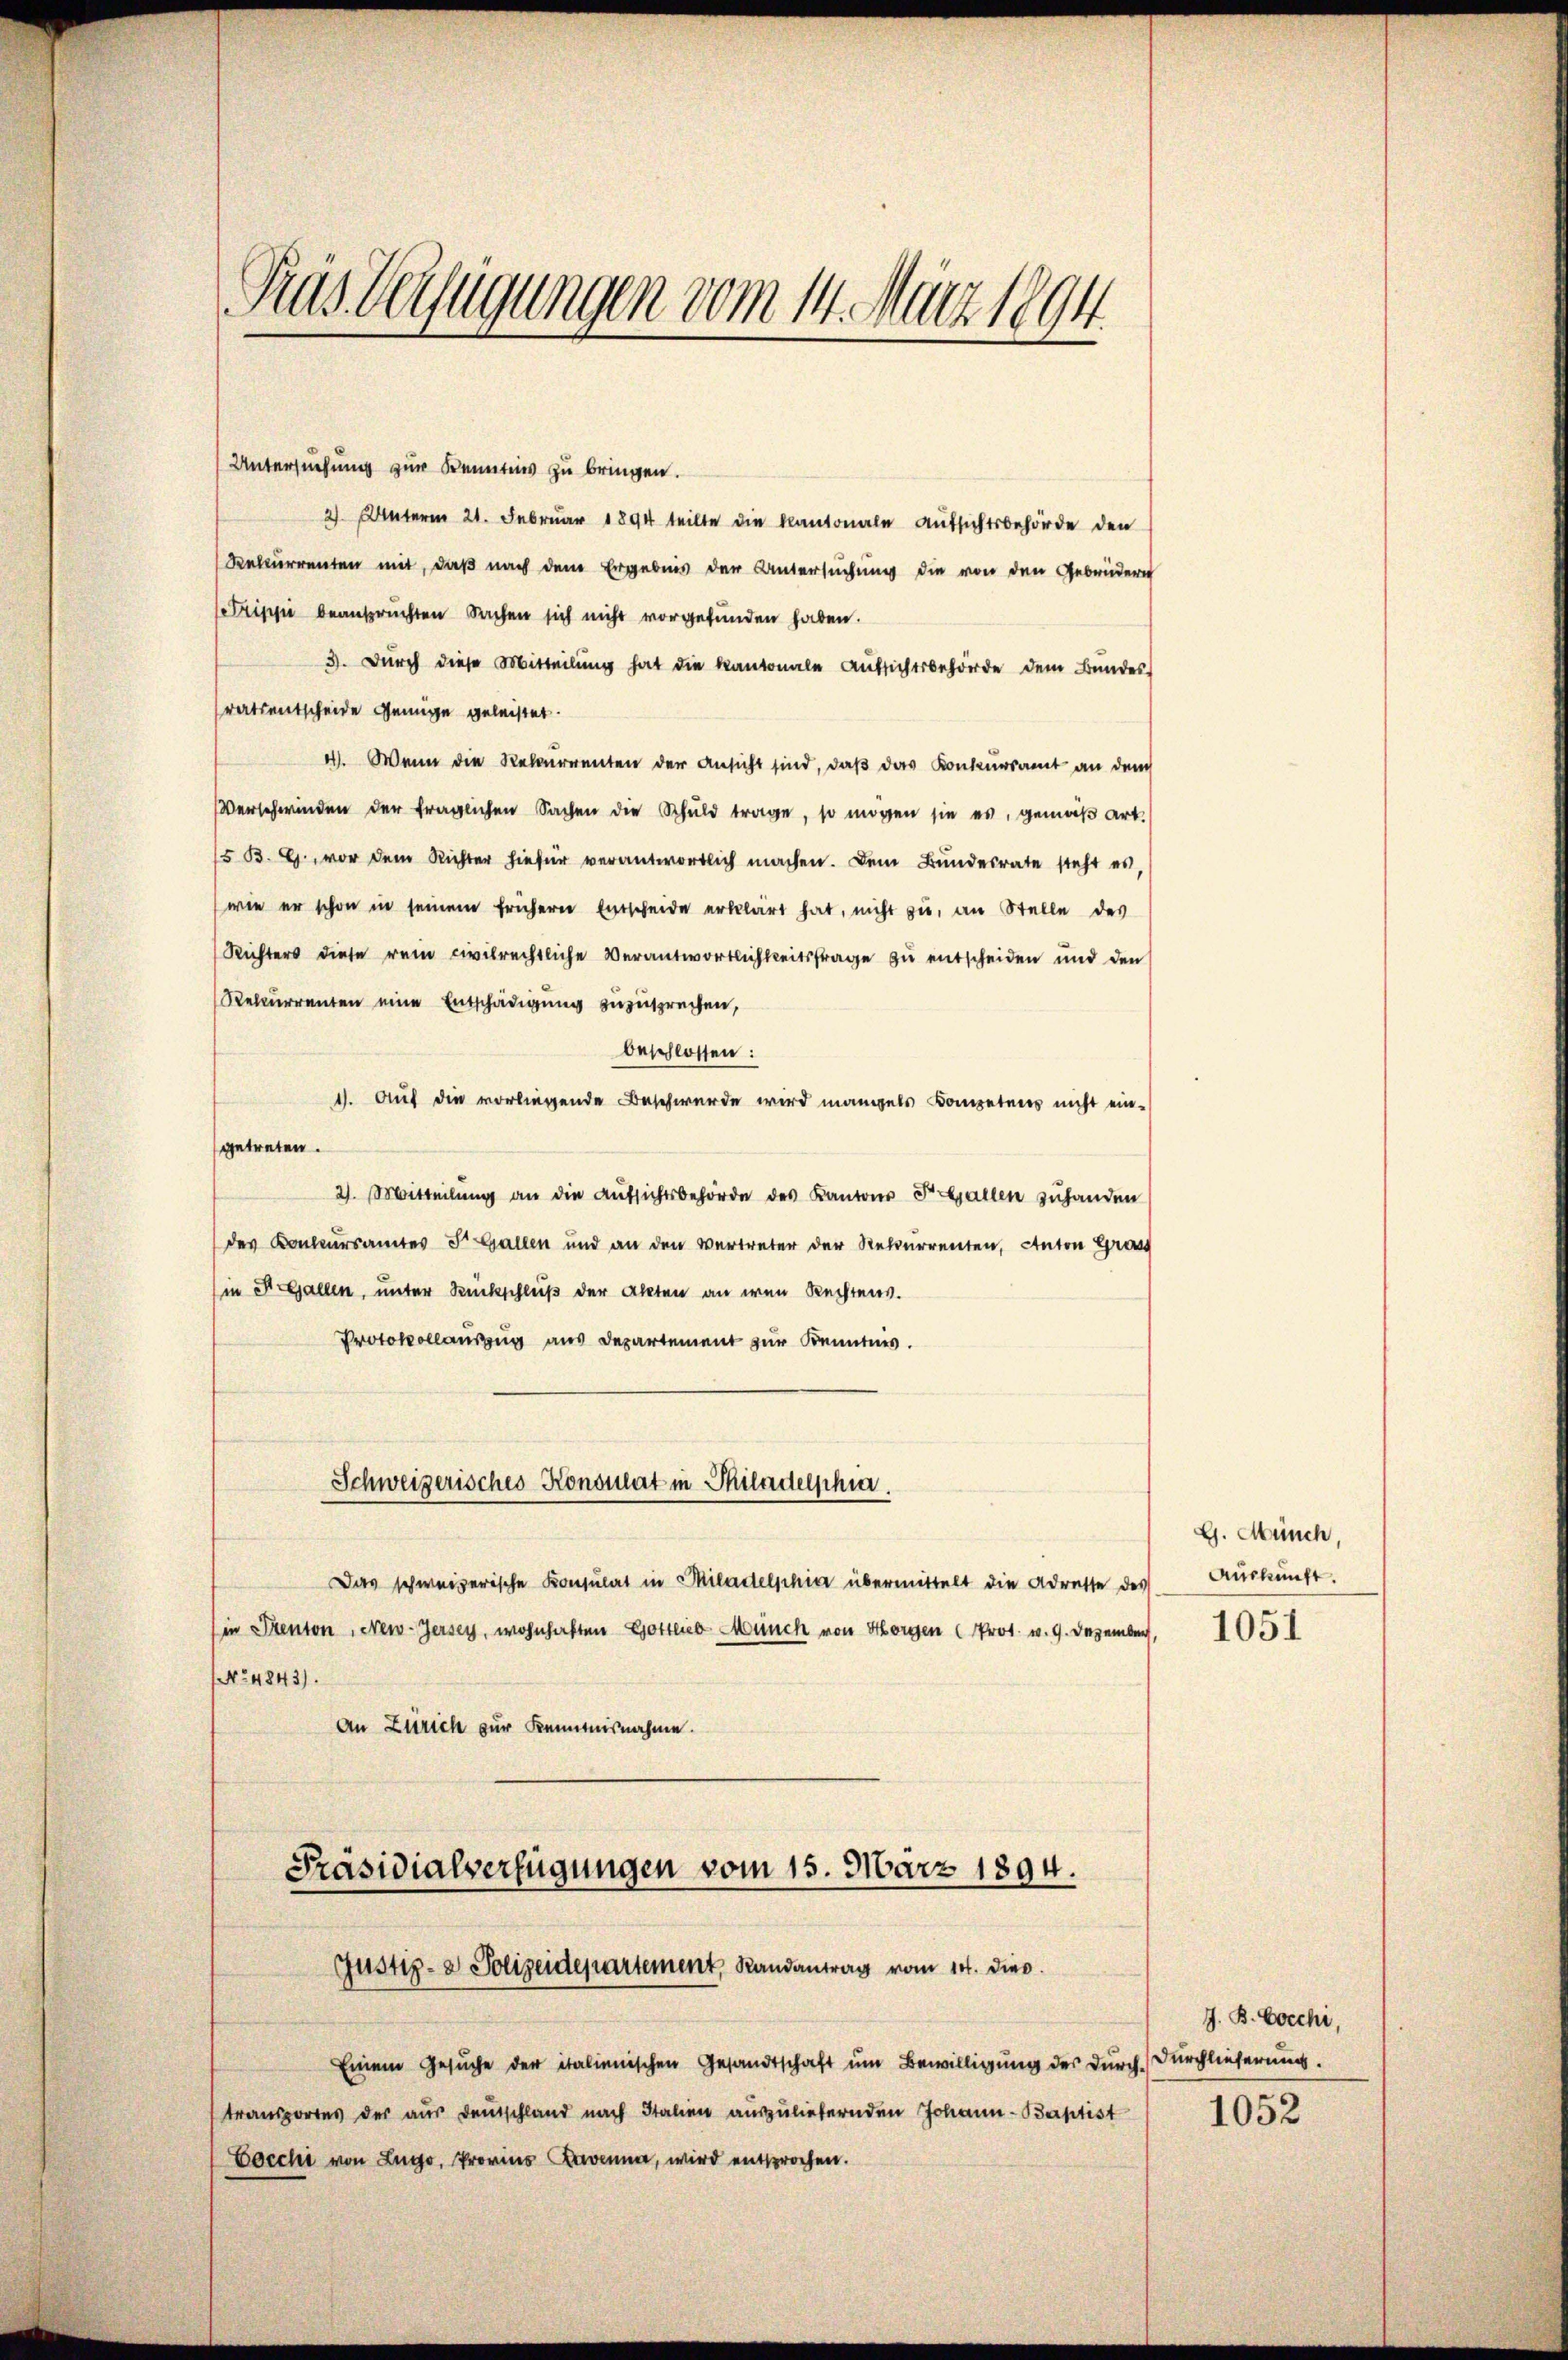
Pras Verfügungen vom 14. März 1894

Untersuchung zur Kenntnis zu bringen.
2) Unterm 21. Februar 1894 teilte die kantonale Aufsichtsbehörde den
Rekurrenten mit, daß nach dem Ergebnis der Untersuchung die von den Gebrüdern
trippe beanspruchten Sachen sich nicht vorgefunden haben.
3. Durch diese Mitteilung hat die Kantonale Aufsichtsbehörde dem Bundes
ratsentscheide Genüge geleistet.
4). Wenn die Rekurrenten der Ansicht sind, daß das Konkursamt an dem
Verschwinden der fraglichen Sachen die Schuld trage, so mögen sie es, gemäß Art.
5 B. G., vor dem Richter hiefür verantwortlich machen. Dem Bŭndesrate steht es,
(wie er schon in seinem frühern Entscheide erklärt hat, nicht zu, an Stelle des
Richters diese rein civilrechtliche Verantwortlichkeitsfrage zu entscheiden und den
Rekurrenten eine Entschädigung zuzusprechen,
beschlossen:
1. Auf die vorliegende Beschwerde wird mangels Kompetens nicht eingetreten.
2. Mitteilŭng an die Aŭfsichtsbehörde des Kantons Fallen zuhanden
des Konkursamtes St. Gallen und an den Vertreter der Rekurrenten, Anton Gra
in St. Gallen, unter Rückschluß der Akten an den Rechtens.
Protokollauszug aus Departement zur Kenntnis.
Schweizerisches Konsulat in Philadelphia
Das schweizerische Konsulat in Miladelphia übermittelt die Adresse des
in Prenton, New-Jersey, wohnhaften Gottlieb Münch von Horgen (Prot. v. 9. Dezember,
No 4843).
An Zürich zur Kenntnisnahme.
Präsidialverfügungen vom 15. März 1894.

Einem Gesuche der italienischen Gesandtschaft um Bewilligung des Durch Durchlieferung.
transportes der aus Deutschland nach Italien auszuliefernden Johann - Baptist
Cocchi von Zug, Provins Bavanna, wird entsprochen.

Justiz- & Polizeidepartement, Randantrag vom 14. dies

G. Münch
Auskunft.

1051

J. B. Cocchi,
1052